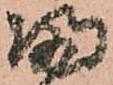
帰